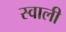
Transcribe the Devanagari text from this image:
स्वाली